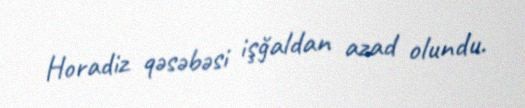
Horadiz qəsəbəsi işğaldan azad olundu.